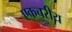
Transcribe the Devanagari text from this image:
एकचरीय